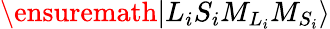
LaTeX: \ensuremath{\vert{L}_{i}{S}_{i}{M}_{{L}_{i}}{M}_{{S}_{i}}\rangle}